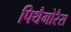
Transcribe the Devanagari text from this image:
पिथैगोरैस